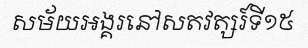
សម័យអង្គរនៅសតវត្សរ៍ទី១៥